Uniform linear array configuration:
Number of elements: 4
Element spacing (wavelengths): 0.25
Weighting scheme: uniform
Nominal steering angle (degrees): -45
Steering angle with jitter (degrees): -44.765
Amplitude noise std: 0.05
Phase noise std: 0.05

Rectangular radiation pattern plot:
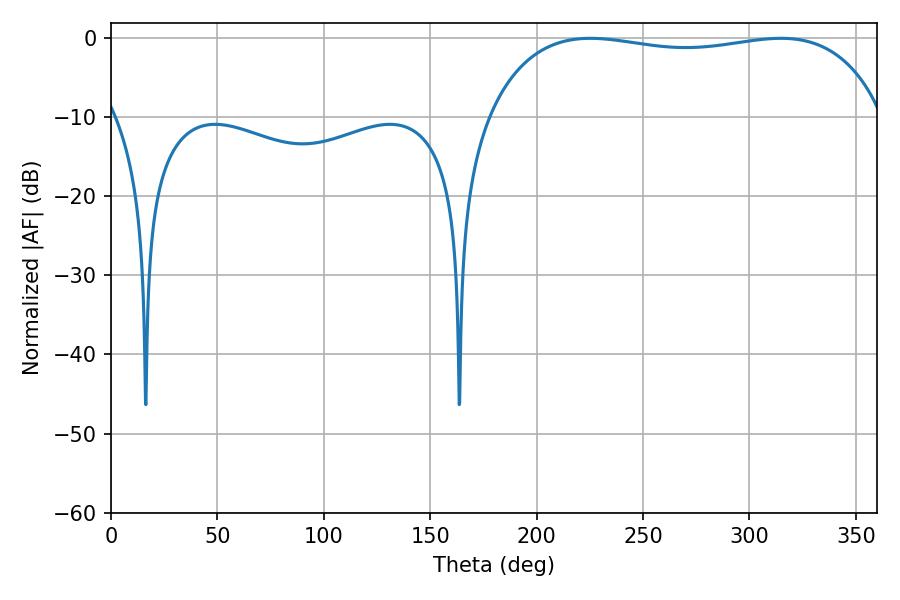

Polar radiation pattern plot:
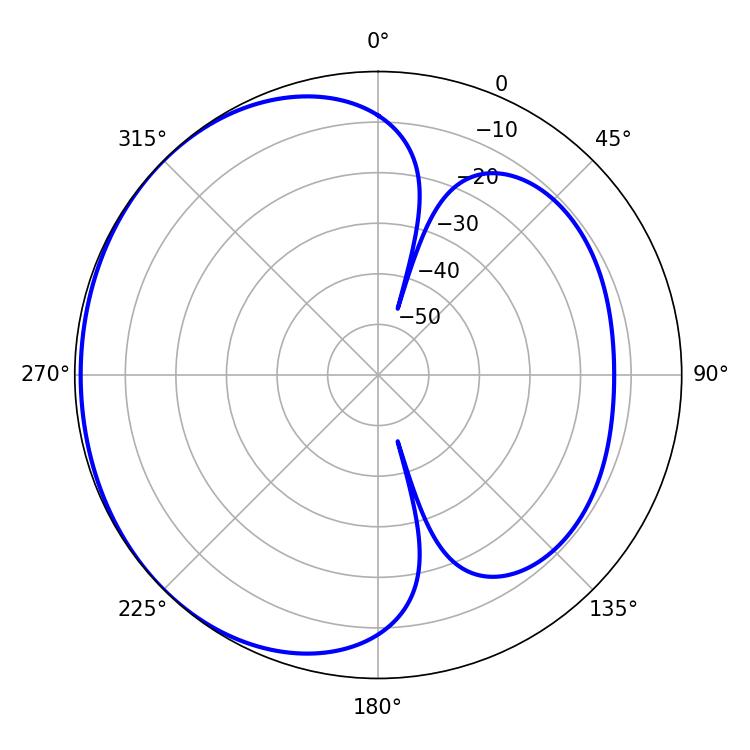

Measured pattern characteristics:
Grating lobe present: FALSE
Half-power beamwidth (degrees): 150.12
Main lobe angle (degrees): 225.18